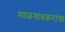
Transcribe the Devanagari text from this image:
माळगांवकरांचा